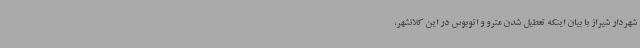
شهردار شیراز با بیان اینکه تعطیل شدن مترو و اتوبوس در این کلانشهر،